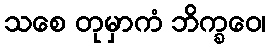
သစေ တုမှာကံ ဘိက္ခဝေ၊